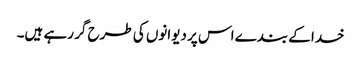
خدا کے بندے اس پر دیوانوں کی طرح گر رہے ہیں۔